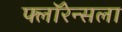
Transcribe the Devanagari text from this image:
फ्लॉरेन्सला